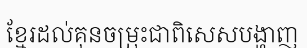
ខ្មែរដល់គុនចម្រុះជាពិសេសបង្ហាញ